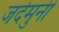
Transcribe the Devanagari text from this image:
जदेमुनी